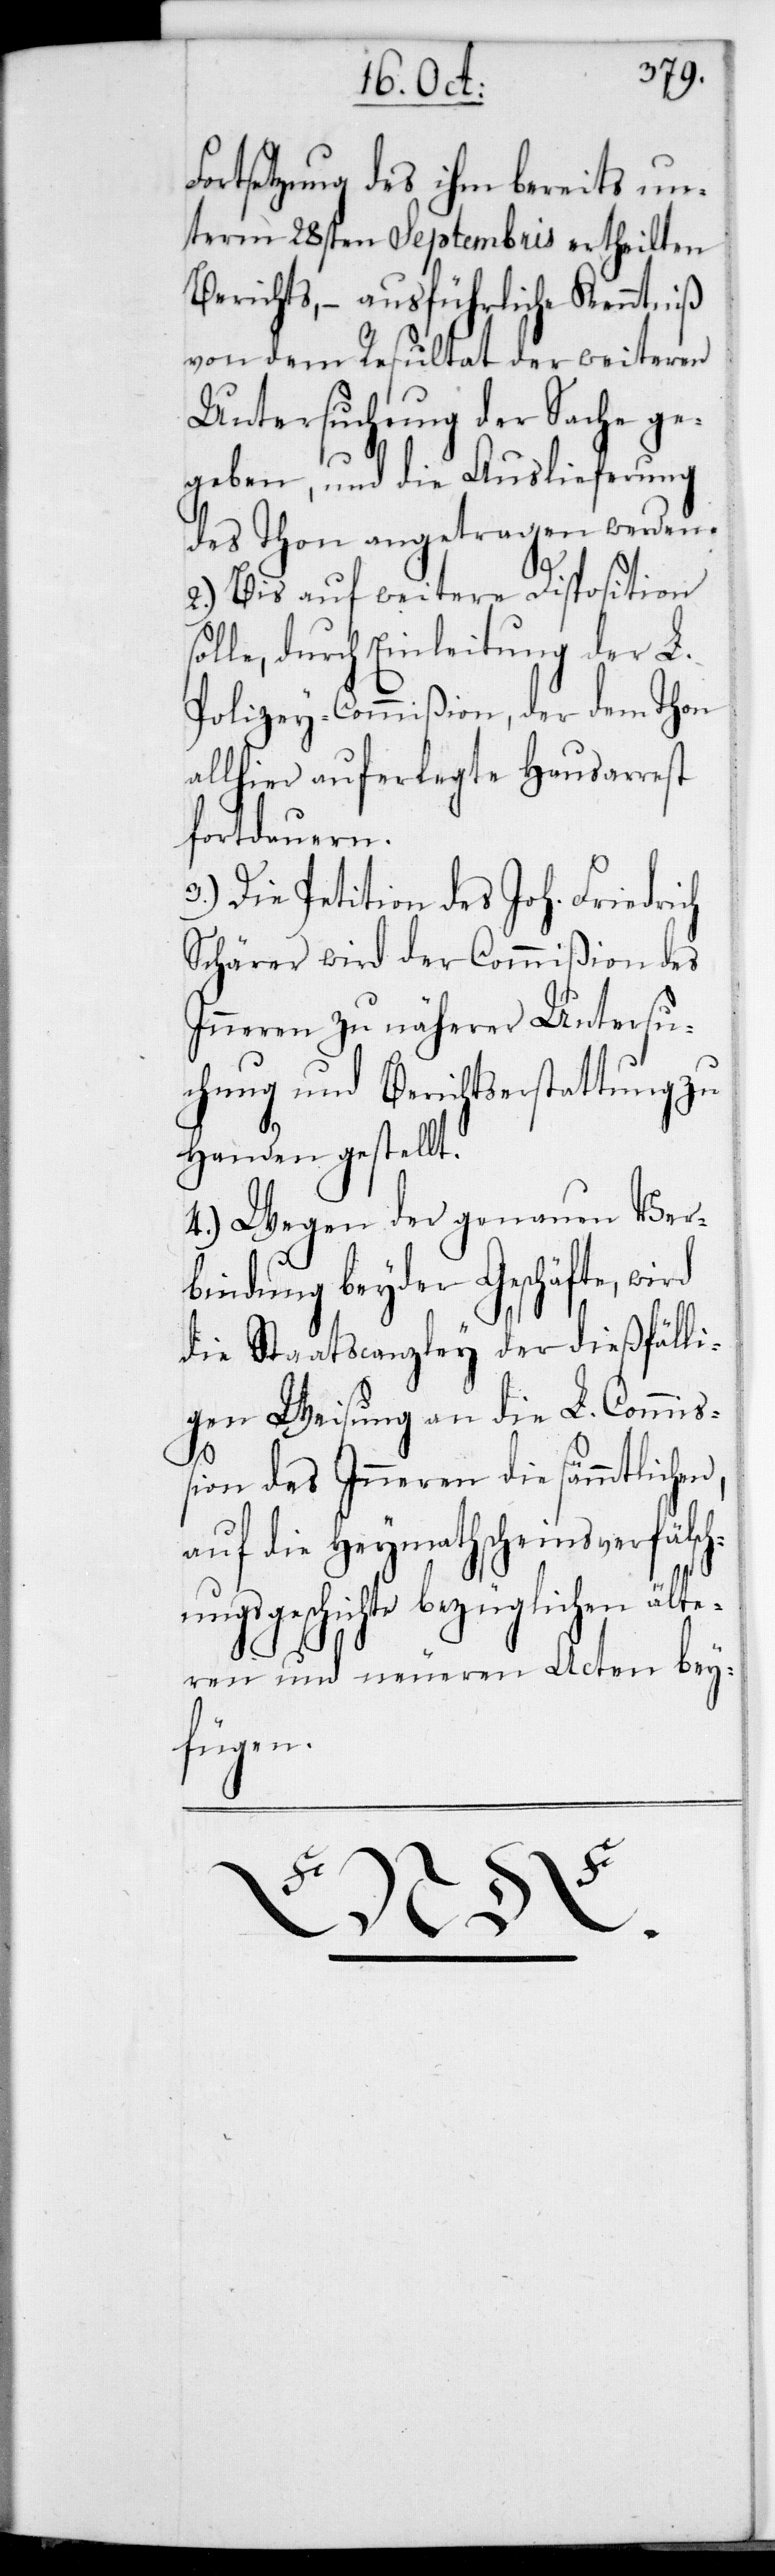
Fortsetzung des ihm bereits un¬
term 28sten Septembris ertheilten
Berichts, – ausführliche Kenntniß
von dem Resultat der weiteren
Untersuchung der Sache ge¬
geben, und die Auslieferung
des Thon angetragen werden.
2.) Bis auf weitere Disposition
olle, durch Einleitung der L.
Polizey-Commißion, der dem Thon
allhier auferlegte Hausarrest
fortdauern.
3.) Die Petition des Joh. Friedrich
Schärer wird der Commißion des
Inneren zu näherer Untersu¬
chung und Berichtserstattung zu
Handen gestellt.
4.) Wegen der genauen Ver¬
bindung beyder Geschäfte, wird
die Staatscanzley der dießfälli¬
gen Weisung an die L. Commi¬
ßion des Inneren die sämmtlichen,
auf die Heymathscheins-Verfälsch¬
ngs-Geschichte bezüglichen älte¬
ren und neueren Acten bey¬
fügen.
u¬
s¬